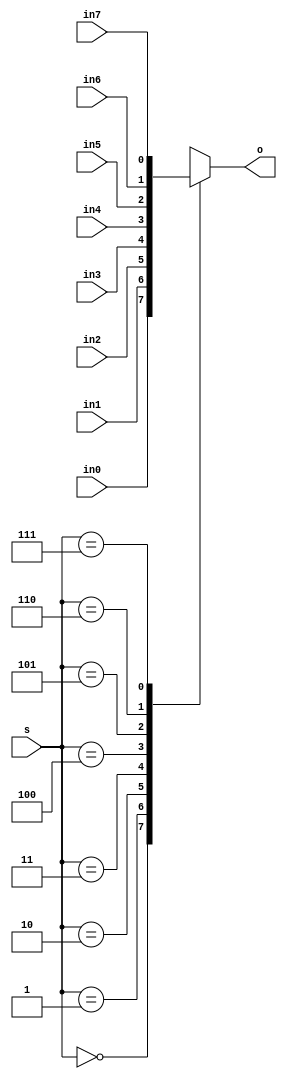
module MUX8_1(input in7,in6,in5,in4,in3,in2,in1,in0, input [2:0]s, output reg o);

always@(in7,in6,in5,in4,in3,in2,in1,in0,s)//in bits are the inputs and s is the select bits ([2:0]s)
begin
    case(s)
        3'b000: o=in0;
        3'b001: o=in1;
        3'b010: o=in2;
        3'b011: o=in3;
        3'b100: o=in4;
        3'b101: o=in5;
        3'b110: o=in6;
        3'b111: o=in7;
    endcase
end
    
endmodule